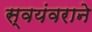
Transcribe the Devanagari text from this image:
स्वयंवराने